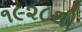
૧૯૨૮થી